Report on inoculation in the plague infected areas of the Punjab and its dependencies from October 1900 to September 1901
Year: 1900
Disease focus: Plague
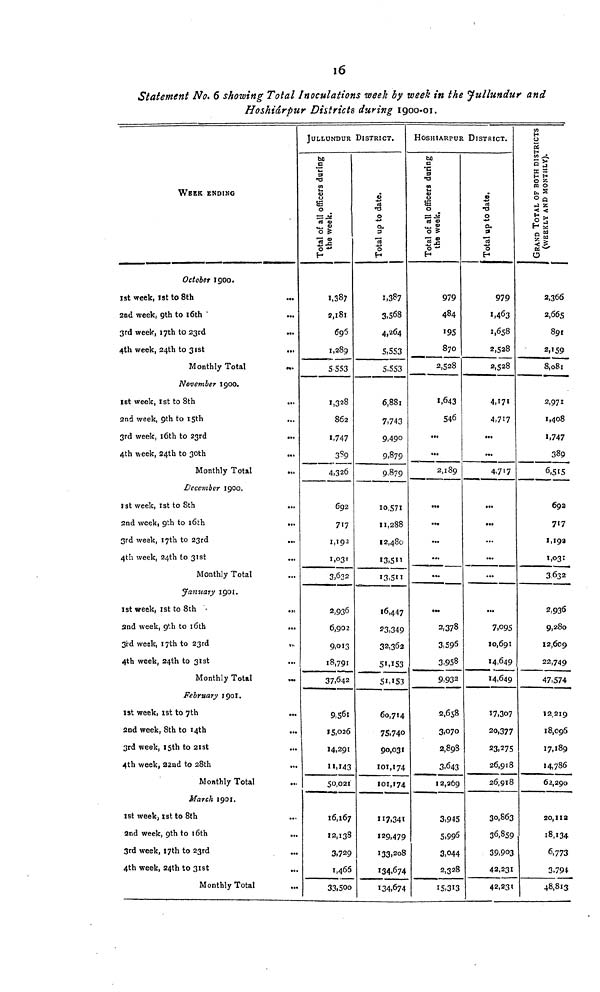
16
Statement No. 6 showing Total Inoculations week by week in the Jullundur and
Hoshiárpur Districts during 1900-01.
WEEK ENDING
October 1900.
1st week, 1st to 8th
2nd week, 9th to 16th
3rd week, I7th to 23rd
...
4th week, 24th to 31st
Monthly Total
...
November 1900.
1st week, 1st to 8th
...
2nd week, 9th to
15th
...
3rd week, 16th to 23rd
4th week, 24th to 30th
Monthly Total
December 1900.
1st week, 1st to 8th
2nd week, 9th to 16th
3rd week, 17th to 23rd
4th week, 24th to 31st
Monthly Total
January 1901.
1st week, 1st to 8th
...
2nd week, 9th to
16th
...
3rd week, 17th to 23rd
...
4th week, 24th to 31st
Monthly Total
February 1901.
1st week, 1st to 7th
...
2nd week, 8th to
14th
...
3rd week, 15th to 21st
4th week, 22nd to 28th
Monthly Total
March 1901.
1st week, 1st to 8th
2nd week, 9th to 16th
3rd week, I7th to 23rd
...
4th week, 24th to 31st
Monthly Total
JULLUNDUR DISTRICT.
1,387
2,181
695
1,289
5 553
1,328
862
1,747
389
4,326
692
717
1,192
1,031
3,622
2,936
6,902
9,013
18,791
37,642
9,561
15,026
14,291
11,143
50,021
16,167
12,138
3,729
1,466
33,500
1,387
3,568
4,264
5,553
5.553
6,881
7,743
9,490
9,879
9.879
10,571
11,288
12,480
I3,511
13,511
16,447
23,349
32,362
51,153
51,153
60,714
75,740
90,031
101,174
101,174
117,341
129,479
133,208
134,674
134,674
HOSHIARPUR DISTRICT.
979
484
195
870
2,528
1,643
546
...
...
2,189
...
...
...
...
...
...
2,378
3,596
3,958
9,932
2,658
3.070
2,898
3-643
12,269
3,945
5,996
3,044
2,328
15,313
979
1,463
1,658
2,528
2,528
4,171
4,717
...
...
4,717
...
...
...
...
...
...
7,095
10,691
14,649
14,649
17,307
20,377
23,275
26,918
26,918
30,863
36,85
39,903
42,231
42,231
2,366
2,665
891
2,159
8,081
2,971
1,408
1,747
389
6,515
692
717
1,19\ill\
1,03\ill\
3 632
2,936
9,280
12,609
22,749
47,574
12,219
18,096
17,189
14,786
62,290
20,112
18,134
6,773
3,794
48,813